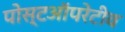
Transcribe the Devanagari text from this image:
पोस्टऑपरेटीव